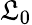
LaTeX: \mathfrak{L}_{0}